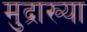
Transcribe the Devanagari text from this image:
मुद्राख्या